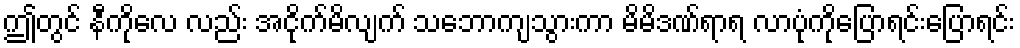
ဤတွင် နီကိုလေ လည်း အငိုက်မိလျက် သဘောကျသွားကာ မိမိဒဏ်ရာရ လာပုံကိုပြောရင်းပြောရင်း